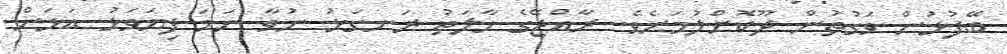
ބޭފުޅުން ވަގުތުން ދޫކޮށްލުމަށެވެ. ރާއްޖޭގެ ހާލަތު ރަނގަޅު ނުވާ ނަމަ ފިޔަވަޅު އަޅަން